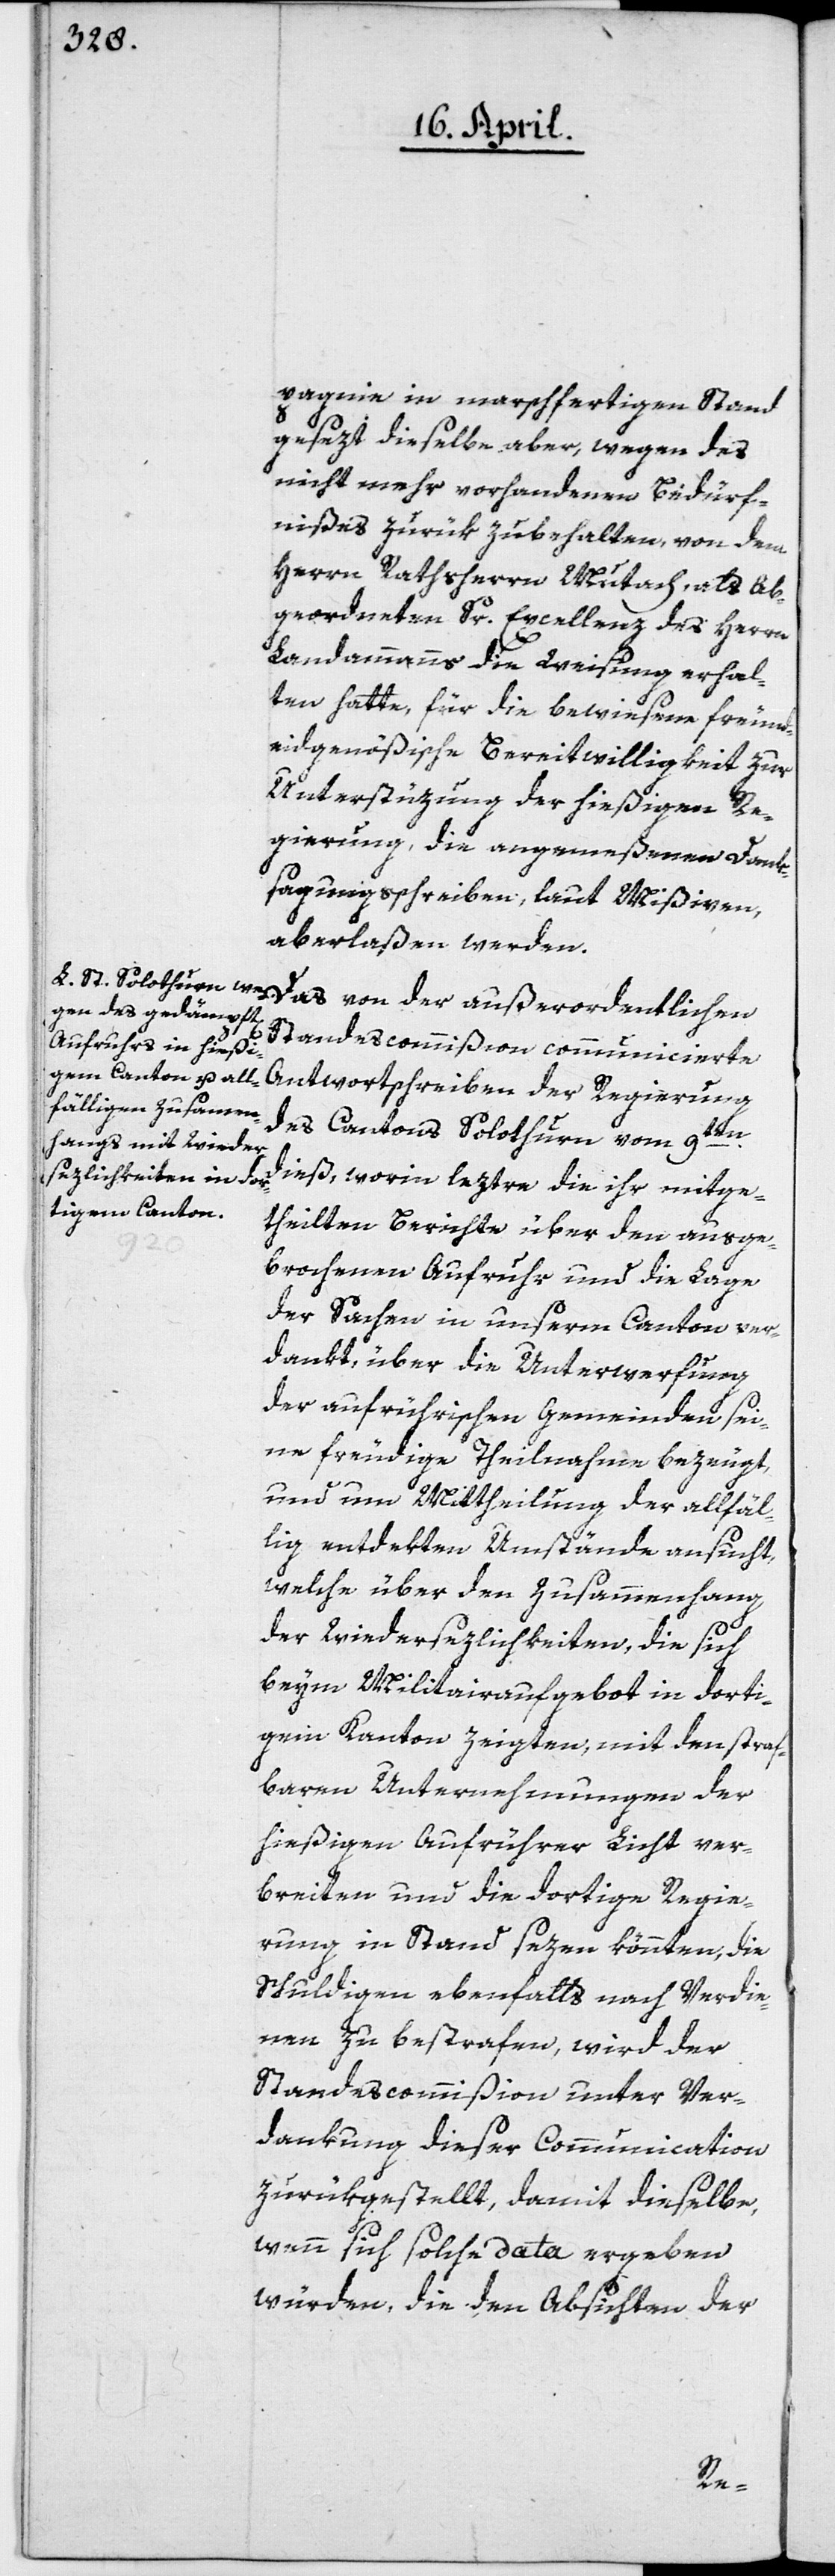
pagnie in marschfertigen Stand
gesezt, dieselbe aber, wegen des
nicht mehr vorhandenen Bedürf¬
nißes zurük zu behalten, von dem
Herrn Rathsherrn Muttach, als Ab¬
geordneten Sr. Excellenz des Herrn
Landammanns die Weisung erhal¬
ten hatte, für die bewiesene freund¬
eidgenößische Bereitwilligkeit zur
Unterstüzung der hießigen Re¬
gierung, die angemeßenen Dank¬
sagungsschreiben, laut Mißiven,
aberlaßen werden.
Standescommißion communicierte
Antwortschreiben der Regierung
des Cantons Solothurn vom 9ten
dieß, worin leztre die ihr mitge¬
theilten Berichte über den ausge¬
brochenen Aufruhr und die Lage
der Sachen in unserm Canton ver¬
dankt, über die Unterwerfung
der aufrührischen Gemeinden sei¬
ne freudige Theilnahme bezeugt,
und um Mittheilung der allfäl¬
lig entdekten Umstände ansucht,
welche über den Zusammenhang
der Wiedersezlichkeiten, die sich
beim Militairaufgebot in dorti¬
gen Kanton zeigten, mit den straf¬
baren Unternehmungen der
hießigen Aufrührer Licht ver¬
breiten und die dortige Regie¬
rung in Stand sezen könnten, die
Schuldigen ebenfalls nach Verdie¬
nen zu bestrafen, wird der
Standescommißion unter Ver¬
dankung dieser Communication
zurükgestellt, damit dieselbe,
wenn sich solche Data ergeben
würden, die den Absichten der